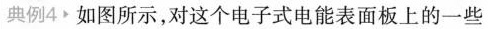
典例4.如图所示，对这个电子式电能表面板上的一些